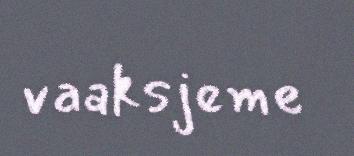
vaaksjeme